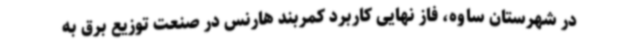
در شهرستان ساوه، فاز نهایی کاربرد کمربند هارنس در صنعت توزیع برق به